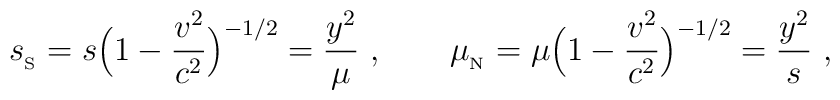
{s_{_{\rm S}}}=s\Big(1-{{v}^2\over c^2}\Big)^{-1/2}={y^2\over\mu}\ ,\qquad {\mu_{_{\rm N}}}=\mu\Big(1-{{v}^2\over c^2}\Big)^{-1/2}={y^2\over s} \ ,